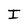
Character: I